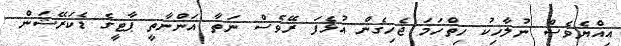
އިއްޔެވެސް ނުލާހިކު ހިތްހަމަ ޖެހިގެން އުޅެފަ ރޭވެސް ނަތާ އަންނާތީ ޕާޓީގެ ޑެކަރޭޝަން